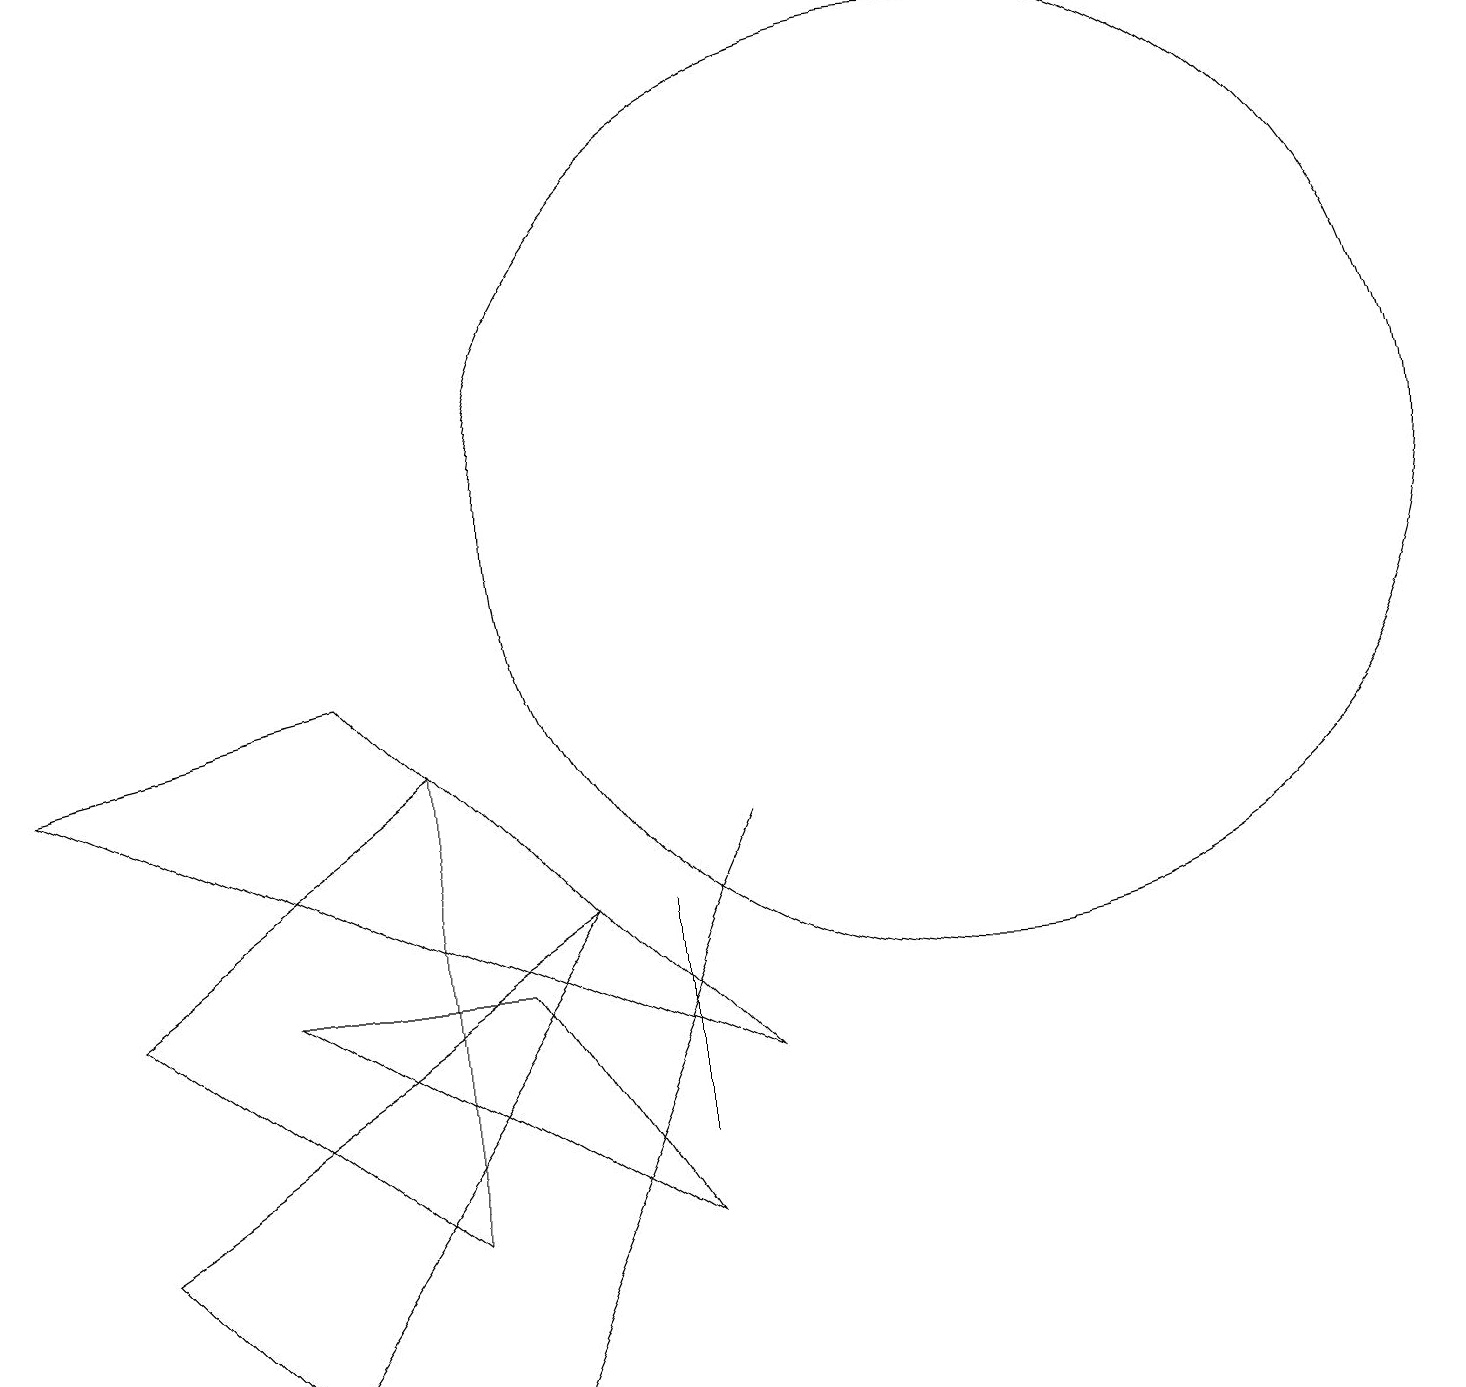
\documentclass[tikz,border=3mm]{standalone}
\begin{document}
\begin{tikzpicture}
\draw (6,0) -- (9,7) -- (6,0) -- cycle;
\draw (12,11) circle (6);
\draw (8,3) -- (8,6) -- (8,4) -- cycle;
\draw (0,8) -- (9,4) -- (4,9) -- cycle;
\draw (1,2) -- (3,0) -- (7,6) -- cycle;
\draw (12,12) circle (0);
\draw (6,5) -- (8,2) -- (3,5) -- cycle;
\draw (5,2) -- (1,5) -- (5,8) -- cycle;
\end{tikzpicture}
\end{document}